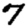
Digit: 7